Calcutta medical institutions reports 1871-78
Year: 1871
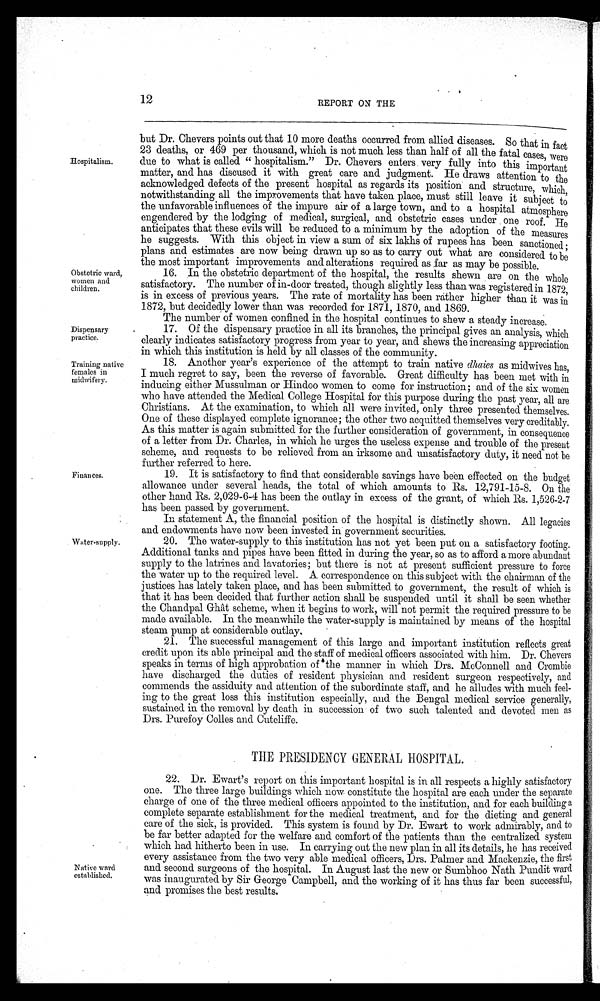
12
REPORT ON THE
Hospitalism.
Obstetric ward,
women and
children.
Dispensary
practice.
Training native
females in
midwifery.
Finances.
Water-supply..
but Dr. Chevers points out that 10 more deaths occurred from allied diseases. So that in fact
23 deaths, or 469 per thousand, which is not much less than half of all the fatal cases, were
due to what is called " hospitalism." Dr. Chevers enters very fully into this important
matter, and has discused it with great care and judgment. He draws attention to the
acknowledged defects of the present hospital as regards its position and structure, which,
notwithstanding all the improvements that have taken place, must still leave it subject to
the unfavorable influences of the impure air of a large town, and to a hospital atmosphere
engendered by the lodging of medical, surgical, and obstetric cases under one roof. He
anticipates that these evils will be reduced to a minimum by the adoption of the measures
he suggests. With this object in view a sum of six lakhs of rupees has been sanctioned ;
plans and estimates are now being drawn up so as to carry out what are considered to be
the most important improvements and alterations required as far as may be possible.
J.
16. In the obstetric department of the hospital, the results shewn are on the whole
satisfactory. The number of in-door treated, though slightly less than was registered in 1872,
is in excess of previous years. The rate of mortality has been rather higher than it was in
1872, but decidedly lower than was recorded for 1871, 1870, and 1869.
The number of women confined in the hospital continues to shew a steady increase.
17. Of the dispensary practice in all its branches, the principal gives an analysis, which
clearly indicates satisfactory progress from year to year, and shews the increasing appreciation
in which this institution is held by all classes of the community.
18. Another year's experience of the attempt to train native dhaies as midwives has,
I much regret to say, been the reverse of favorable. Great difficulty has been met with in
inducing either Mussulman or Hindoo women to come for instruction; and of the six women
who have attended the Medical College Hospital for this purpose during the past year, all are
Christians. At the examination, to which all were invited, only three presented themselves.
One of these displayed complete ignorance; the other two acquitted themselves very creditably.
As this matter is again submitted for the further consideration of government, in consequence
of a letter from Dr. Charles, in which he urges the useless expense and trouble of the present
scheme, and requests to be relieved from an irksome and unsatisfactory duty, it need not be
further referred to here.
19.
I t i s s a t i s f a c t o r y t o f i n d t h a t c o n s i d e r a b l e s a v i n g s h a v e b e e n e f f e c t e d o n t h e b u d g e t a l l o w a n c e u n d e r s e v e r a l h e a d s , t h e t o t a l o f w h i c h a m o u n t s t o R s . 1 2 , 7 9 1 - 1 5 - 8 . O n t h e
other hand Rs. 2,029-6-4 has been the outlay in excess of the grant, of which Rs. 1,526-2-7
has been passed by government. S./
In statement A, the financial position of the hospital is distinctly shown. All legacies
and endowments have now been invested in government securities.
20. The water-supply to this institution has not yet been put on a satisfactory footing.
Additional tanks and pipes have been fitted in during the year, so as to afford a more abundant
supply to the latrines and lavatories; but there is not at present sufficient pressure to force
the water up to the required level. A correspondence on this subject with the chairman of th
e justices has lately taken place, and has been submitted to government, the result of which is
that it has been decided that further action shall be suspended until it shall be seen whether
the Chandpal Ghât scheme, when it begins to work, will not permit the required pressure to be
made available. In the meanwhile the water-supply is maintained by means of the hospital
steam pump at considerable outlay
.
21. The successful management of this large and important institution reflects great
credit upon its able principal and the staff of medical officers associated with him. Dr. Chevers
speaks in terms of high approbation of the manner in which Drs. McConnell and Crombie
have discharged the duties of resident physician and resident surgeon respectively, and
commends the assiduity and attention of the subordinate staff, and he alludes with much feel-
ing to the great loss this institution especially, and the Bengal medical service generally,
sustained in the removal by death in succession of two such talented and devoted men as
Drs. Purefoy Colles and Cutcliffe.
THE PRESIDENCY GENERAL HOSPITAL.
Native ward
established.
22. Dr. Ewart's report on this important hospital is in all respects a highly satisfactory
one. The three large buildings which now constitute the hospital are each under the separate
charge of one of the three medical officers appointed to the institution, and for each building a
complete separate establishment for the medical treatment, and for the dieting and general
care of the sick, is provided. This system is found by Dr. Ewart to work admirably, and to
be far better adapted for the welfare and comfort of the patients than the centralized system
which had hitherto been in use. In carrying out the new plan in all its details, he has received
every assistance from the two very able medical officers, Drs. Palmer and Mackenzie, the first
and second surgeons of the hospital. In August last the new or Sumbhoo Nath Pundit ward
was inaugurated by Sir George Campbell, and the working of it has thus far been successful,
and promises the best results.